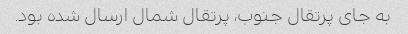
به جای پرتقال جنوب، پرتقال شمال ارسال شده بود.